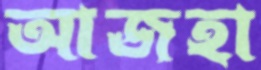
আজহা